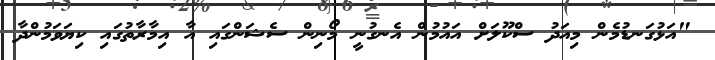
"އަޅުގަނޑުމެން މިއަދު ސްކޫލަށް އައުމުން އެނގުނީ މޯނިން ސެޝަންގައި އާ އިމާރާތުގައި ކިޔަވަމުންދާ